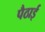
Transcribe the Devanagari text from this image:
पैठाई